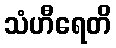
သံဟီရေတိ